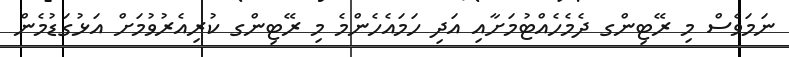
ނަމަވެސް މި ރޭޓިންގ ދެމެހެއްޓުމަށާއި އަދި ހަމައެހެންމެ މި ރޭޓިންގ ކުރިއެރުވުމަށް އަޅުގަޑުމެން